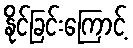
နိုင်ခြင်းကြောင့်